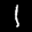
Label: 1